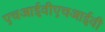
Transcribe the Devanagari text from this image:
एचआईवीएचआईवी